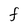
Character: F